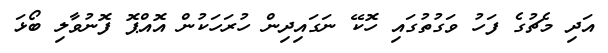
އަދި މެޗުގެ ފަހު ވަގުތުގައި ހޮކޭ ނަގައިދިން ހުރަހަކުން އޮއްޕޮ ފޮނުވާލި ބޯޅަ